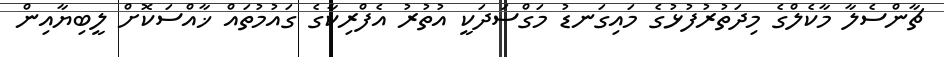
ޗާންސެލާ މާކެލްގެ މިދަތުރުފުޅުގެ މައިގަނޑު މަގްސަދަކީ އުތުރު އެފްރިކާގެ ގައުމުތައް ޚާއްސަކޮށް ލީބިޔާއިން